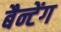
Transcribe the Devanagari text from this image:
बैन्टेंग